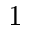
1